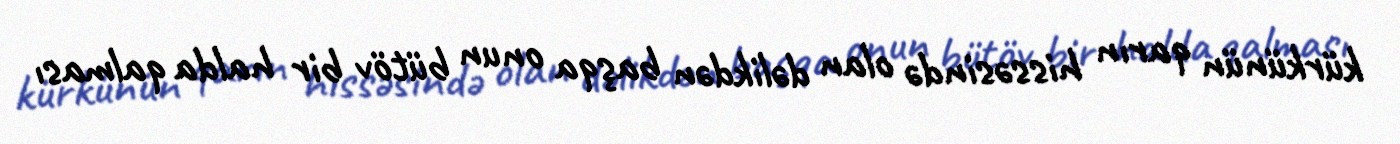
kürkünün qarın hissəsində olan dəlikdən başqa onun bütöv bir halda qalması